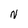
Character: N